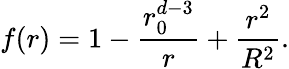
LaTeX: f(r)=1-\frac{r_{0}^{d-3}}{r}+\frac{r^{2}}{R^{2}}.